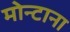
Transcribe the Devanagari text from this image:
मोन्‍टाना